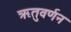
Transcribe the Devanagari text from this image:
ऋतुवर्णन